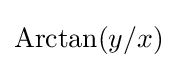
\operatorname {Arctan} (y/x)